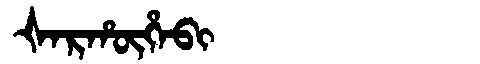
Manchu: ᡧᠠᡵᡥᡡᡥᠠᠪᡳ
Romanization: ŠARHŪHABI